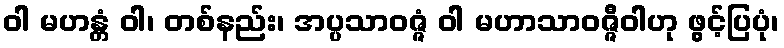
ဝါ မဟန္တံ ဝါ၊ တစ်နည်း၊ အပ္ပသာဝဇ္ဇံ ဝါ မဟာသာဝဇ္ဇီဝါဟု ဖွင့်ပြပုံ၊